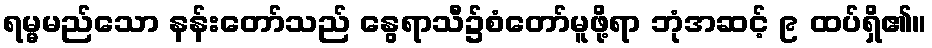
ရမ္မမည်သော နန်းတော်သည် နွေရာသီ၌စံတော်မူဖို့ရာ ဘုံအဆင့် ၉ ထပ်ရှိ၏။